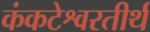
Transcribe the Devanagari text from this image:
कंकटेश्वरतीर्थ